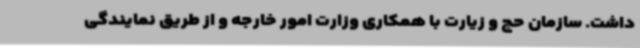
داشت. سازمان حج و زیارت با همکاری وزارت امور خارجه و از طریق نمایندگی